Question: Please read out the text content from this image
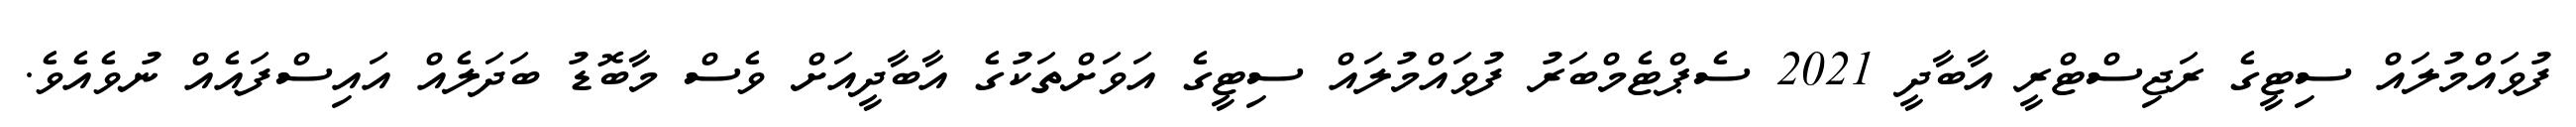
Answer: ފުވައްމުލައް ސިޓީގެ ރަޖިސްޓްރީ އާބާދީ 2021 ސެޕްޓެމްބަރު ފުވައްމުލައް ސިޓީގެ އަވަށްތަކުގެ އާބާދީއަށް ވެސް މާބޮޑު ބަދަލެއް އައިސްފައެއް ނުވެއެވެ.